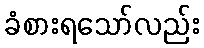
ခံစားရသော်လည်း